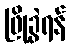
ဖြိုခွဲရန်